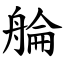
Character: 䑳